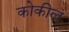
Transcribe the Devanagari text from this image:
कोकील